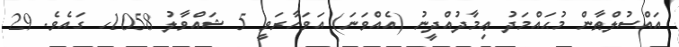
އައްސުލްޠާން މުޙައްމަދު ޢިމާދުއްދީނު (އެއްވަނަ) އަވަހާރަވީ 5 ޝައްވާލު 1058ހ ގައެވެ. 29